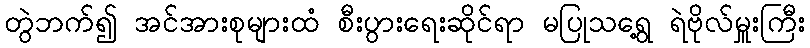
တွဲဘက်၍ အင်အားစုများထံ စီးပွားရေးဆိုင်ရာ မပြုသရွေ့ ရဲဗိုလ်မှူးကြီး